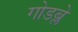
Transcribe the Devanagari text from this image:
गोडब्ले